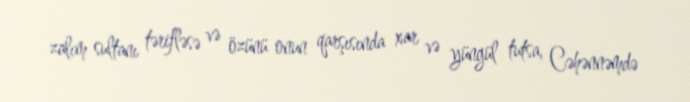
zalım sultanı tərifləsə və özünü onun qarşısında xar və yüngül tutsa, Cəhənnəmdə